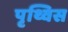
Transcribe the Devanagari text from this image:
पृथ्विस